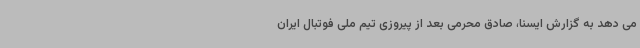
می دهد به گزارش ایسنا، صادق محرمی بعد از پیروزی تیم ملی فوتبال ایران